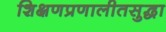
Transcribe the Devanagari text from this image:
शिक्षणप्रणालीतसुद्धा